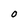
Character: O